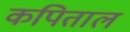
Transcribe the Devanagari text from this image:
कपिताल